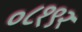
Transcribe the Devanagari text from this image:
०८१९२